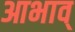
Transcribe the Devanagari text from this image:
आभाव्